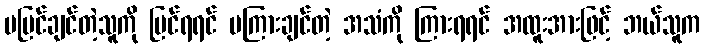
မမြင်ချင်တဲ့သူကို မြင်ရရင် မကြားချင်တဲ့ အသံကို ကြားရရင် အထူးအားဖြင့် ဘယ်သူက